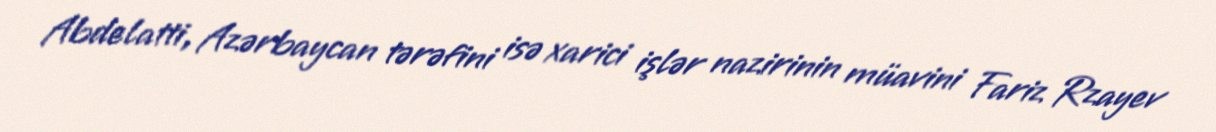
Abdelatti, Azərbaycan tərəfini isə xarici işlər nazirinin müavini Fariz Rzayev